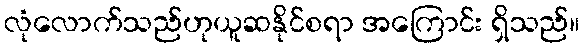
လုံလောက်သည်ဟုယူဆနိုင်စရာ အကြောင်း ရှိသည်။